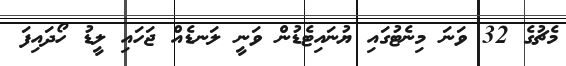
މެޗުގެ 32 ވަނަ މިނެޓުގައި ޔުނައިޓެޑުން ވަނީ ލަނޑެއް ޖަހައި ލީޑު ހޯދައިފަ